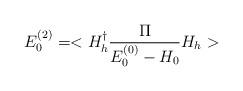
LaTeX: \begin{align*}E^{(2)}_{0}=<H_{h}^{\dagger}\frac{\Pi}{E_{0}^{(0)}-H_{0}}H_{h}>\end{align*}